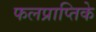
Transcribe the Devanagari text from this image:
फलप्राप्तिके